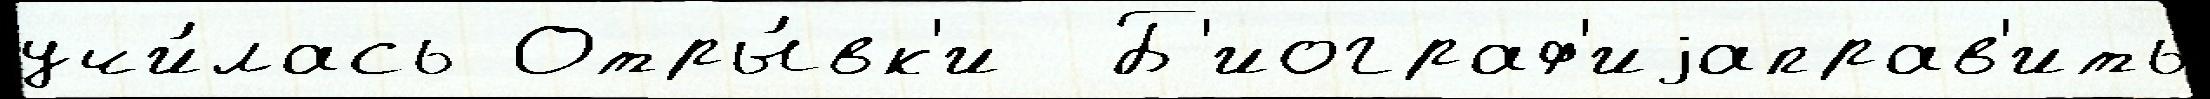
учи́лась Отры́вк'и  Б'иограф'иjаправ'ить